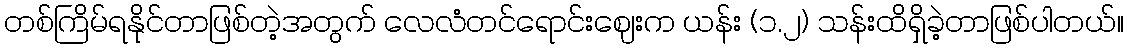
တစ်ကြိမ်ရနိုင်တာဖြစ်တဲ့အတွက် လေလံတင်ရောင်းဈေးက ယန်း (၁.၂) သန်းထိရှိခဲ့တာဖြစ်ပါတယ်။